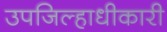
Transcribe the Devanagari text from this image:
उपजिल्हाधीकारी